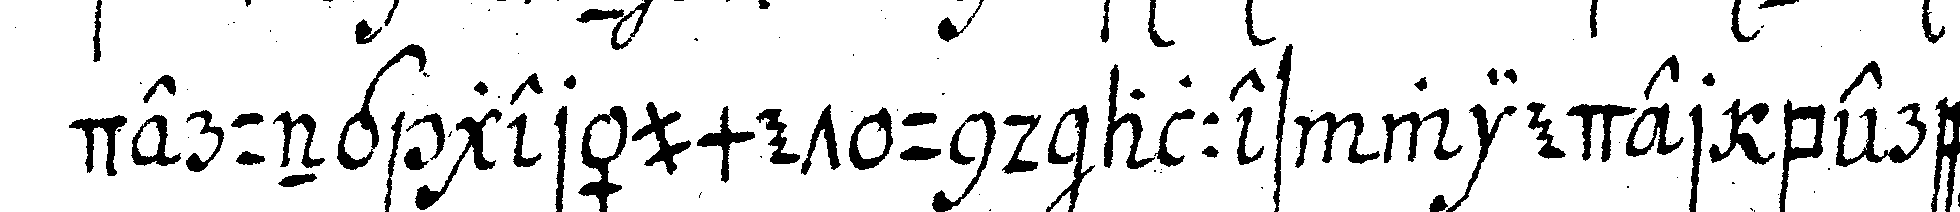
derung geräumet und alles wieder berei